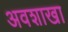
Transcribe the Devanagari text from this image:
अवशाखा